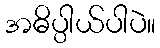
အဓိပ္ပါယ်ပါပဲ။